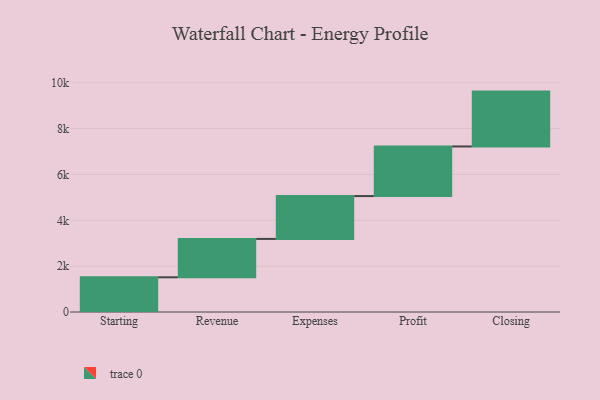
{"axis": {"x": "Step", "y": "Value"}, "legend": [""], "data": [{"x": "Starting", "y": 1514.0, "type": ""}, {"x": "Revenue", "y": 1674.0, "type": ""}, {"x": "Expenses", "y": 1869.0, "type": ""}, {"x": "Profit", "y": 2164.0, "type": ""}, {"x": "Closing", "y": 2393.0, "type": ""}]}